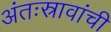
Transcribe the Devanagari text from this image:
अंतःस्रावांची